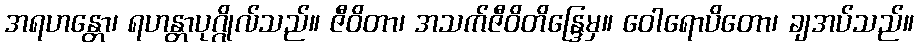
အရဟန္တော၊ ရဟန္တာပုဂ္ဂိုလ်သည်။ ဇီဝိတာ၊ အသက်ဇီဝိတိန္ဒြေမှ။ ဝေါရောပိတော၊ ချအပ်သည်။